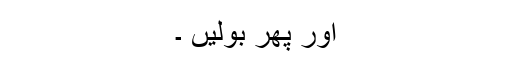
اور پھر بولیں ۔